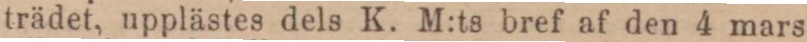
trädet, upplästes dels K. M:ts bref af den 4 mars